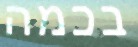
בכמה